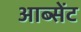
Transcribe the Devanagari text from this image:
आब्सेंट